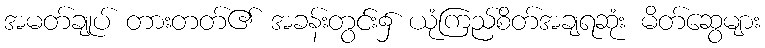
အမတ်ချုပ် တားတတ်၏ အခန်းတွင်း၌ ယုံကြည်စိတ်အချရဆုံး မိတ်ဆွေများ